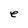
Character: e